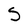
Character: S